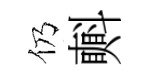
仍㪺